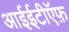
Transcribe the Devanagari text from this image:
आईईटीऍफ़